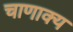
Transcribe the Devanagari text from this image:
चाणाक्य